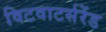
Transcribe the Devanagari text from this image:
विटवाटर्सरेंड